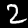
Digit: 2